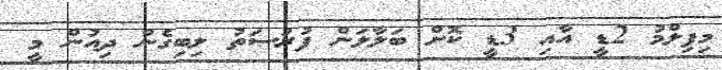
މިފިލްމު 2ޑީ އާއި 3ޑީ ކޮށް ބަލާލަން ފުރުސަތު ލިބިގެން ދިއުން މީ